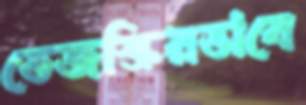
তেজস্ক্রিয়ভাবে